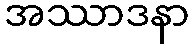
အဿာဒနာ